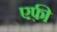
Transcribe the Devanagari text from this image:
एफ़ी